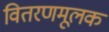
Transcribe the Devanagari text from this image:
वितरणमूलक